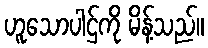
ဟူသောပါဌ်ကို မိန့်သည်။